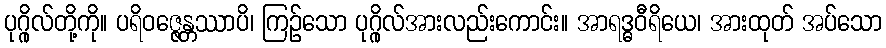
ပုဂ္ဂိုလ်တို့ကို။ ပရိဝဇ္ဇေန္တဿာပိ၊ ကြဉ်သော ပုဂ္ဂိုလ်အားလည်းကောင်း။ အာရဒ္ဓဝီရိယေ၊ အားထုတ် အပ်သော